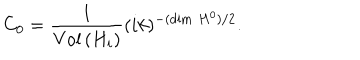
C _ { 0 } = \frac { 1 } { \mathrm { V o l } \, ( H _ { i } ) } ( i k ) ^ { - ( \dim \, H ^ { 0 } ) / 2 } .